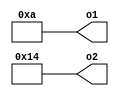
`default_nettype none

module module_scope_Example(o1, o2);
   parameter [31:0] v1 = 10;
   parameter [31:0] v2 = 20;
   output wire [31:0] o1, o2;
   assign module_scope_Example.o1 = module_scope_Example.v1;
   assign module_scope_Example.o2 = module_scope_Example.v2;
endmodule

module module_scope_ExampleLong(o1, o2);
   parameter [31:0] ThisIsAnExtremelyLongParameterNameToTriggerTheSHA1Checksum1 = 10;
   parameter [31:0] ThisIsAnExtremelyLongParameterNameToTriggerTheSHA1Checksum2 = 20;
   output wire [31:0] o1, o2;
   assign module_scope_ExampleLong.o1 = module_scope_ExampleLong.ThisIsAnExtremelyLongParameterNameToTriggerTheSHA1Checksum1;
   assign module_scope_ExampleLong.o2 = module_scope_ExampleLong.ThisIsAnExtremelyLongParameterNameToTriggerTheSHA1Checksum2;
endmodule

module module_scope_top(
   output wire [31:0] a1, a2, b1, b2, c1, c2,
   output wire [31:0] d1, d2, e1, e2, f1, f2
);
   module_scope_Example a(a1, a2);
   module_scope_Example #(1) b(b1, b2);
   module_scope_Example #(1, 2) c(c1, c2);
   module_scope_ExampleLong d(d1, d2);
   module_scope_ExampleLong #(1) e(e1, e2);
   module_scope_ExampleLong #(1, 2) f(f1, f2);
endmodule